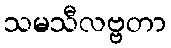
သမသီလဗ္ဗတာ